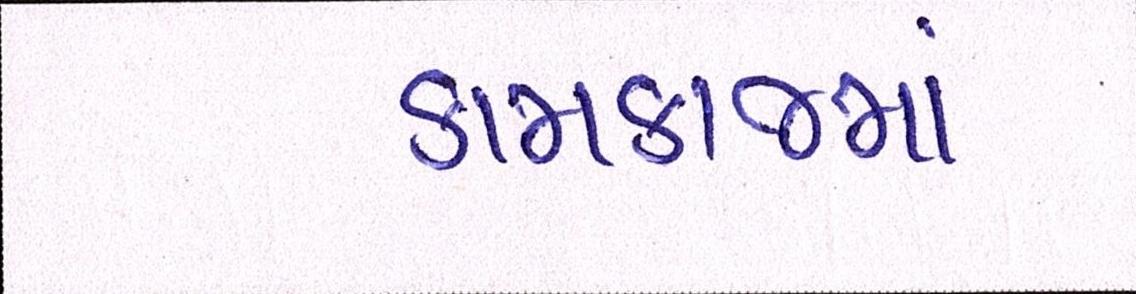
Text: કામકાજમાં